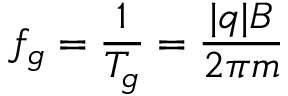
f _ { g } = { \frac { 1 } { T _ { g } } } = { \frac { | q | B } { 2 \pi m } }